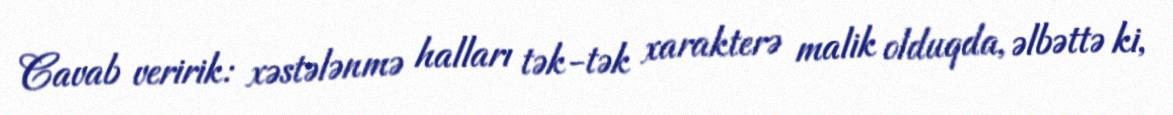
Cavab veririk: xəstələnmə halları tək-tək xarakterə malik olduqda, əlbəttə ki,